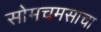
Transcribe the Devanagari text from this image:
सोमचमसाचा